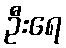
ဦးရေ